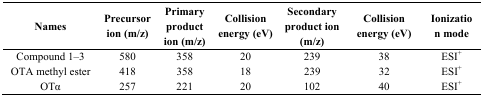
<table><thead><tr><td><b>Names</b></td><td><b>Precursor ion (m/z)</b></td><td><b>Primary product ion (m/z)</b></td><td><b>Collision energy (eV)</b></td><td><b>Secondary product ion (m/z)</b></td><td><b>Collision energy (eV)</b></td><td><b>Ionization mode</b></td></tr></thead><tbody><tr><td>Compound 1–3</td><td>580</td><td>358</td><td>20</td><td>239</td><td>38</td><td>ESI<sup>+</sup></td></tr><tr><td>OTA methyl ester</td><td>418</td><td>358</td><td>18</td><td>239</td><td>32</td><td>ESI<sup>+</sup></td></tr><tr><td>OTα</td><td>257</td><td>221</td><td>20</td><td>102</td><td>40</td><td>ESI<sup>+</sup></td></tr></tbody></table>